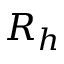
R _ { h }